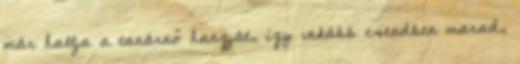
már hallja a tanárnő hangját, így inkább csendben marad,